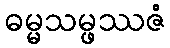
ဓမ္မသမ္ဖဿဇံ